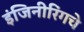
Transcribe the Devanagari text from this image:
इंजिनीरिंगचे